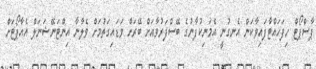
ޕާސްޕޯޓް ހިފަހައްޓާފައިވާކަން އެނގުނީ އެމަނިކުފާނުގެ ބޭސްފަރުވާއަށް ބޭރަށް ވަޑައިގަތުމަށް ވެލާނާ އިންޓަނޭޝަނަލް އެއާޕޯޓަށް